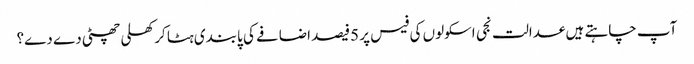
آپ چاہتے ہیں عدالت نجی اسکولوں کی فیس پر 5فیصد اضافے کی پابندی ہٹا کر کھلی چھٹی دے دے؟